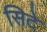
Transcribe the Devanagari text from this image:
सिटे